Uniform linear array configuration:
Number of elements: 8
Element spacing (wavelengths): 0.75
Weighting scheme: uniform
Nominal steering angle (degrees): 60
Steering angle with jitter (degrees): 59.528
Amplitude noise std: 0.05
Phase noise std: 0.05

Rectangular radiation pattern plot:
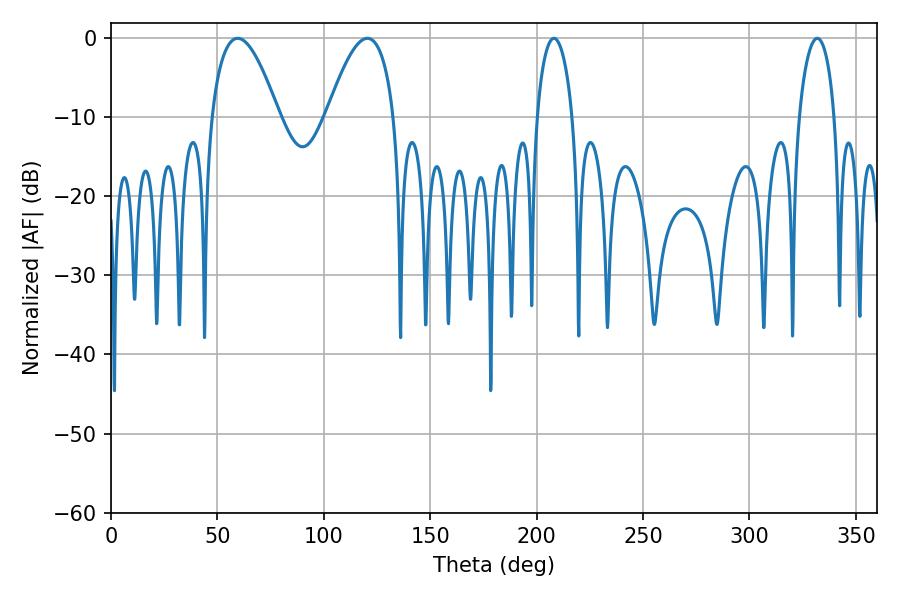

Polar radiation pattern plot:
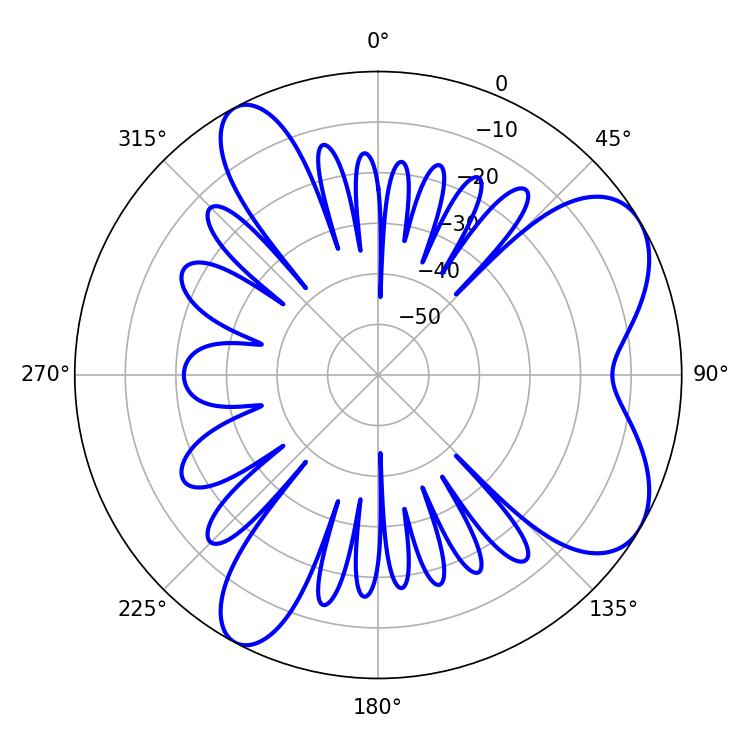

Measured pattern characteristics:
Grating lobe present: TRUE
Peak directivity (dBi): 6.937
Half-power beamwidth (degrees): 17.28
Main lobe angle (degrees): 59.58